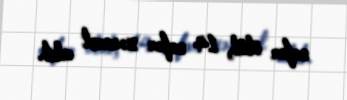
nəfər ölüb, 14 nəfər xəsarət alıb.